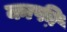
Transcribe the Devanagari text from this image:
काफी़